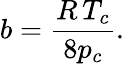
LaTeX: b={\frac{R\, T_{c}}{8p_{c}}}.